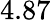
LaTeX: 4.87